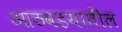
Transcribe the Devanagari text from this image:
आठवडयातील